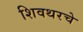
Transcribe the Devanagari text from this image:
शिवथरचे